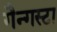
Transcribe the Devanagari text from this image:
गैन्गस्टा